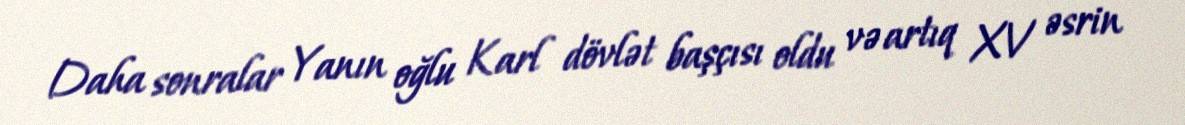
Daha sonralar Yanın oğlu Karl dövlət başçısı oldu və artıq XV əsrin